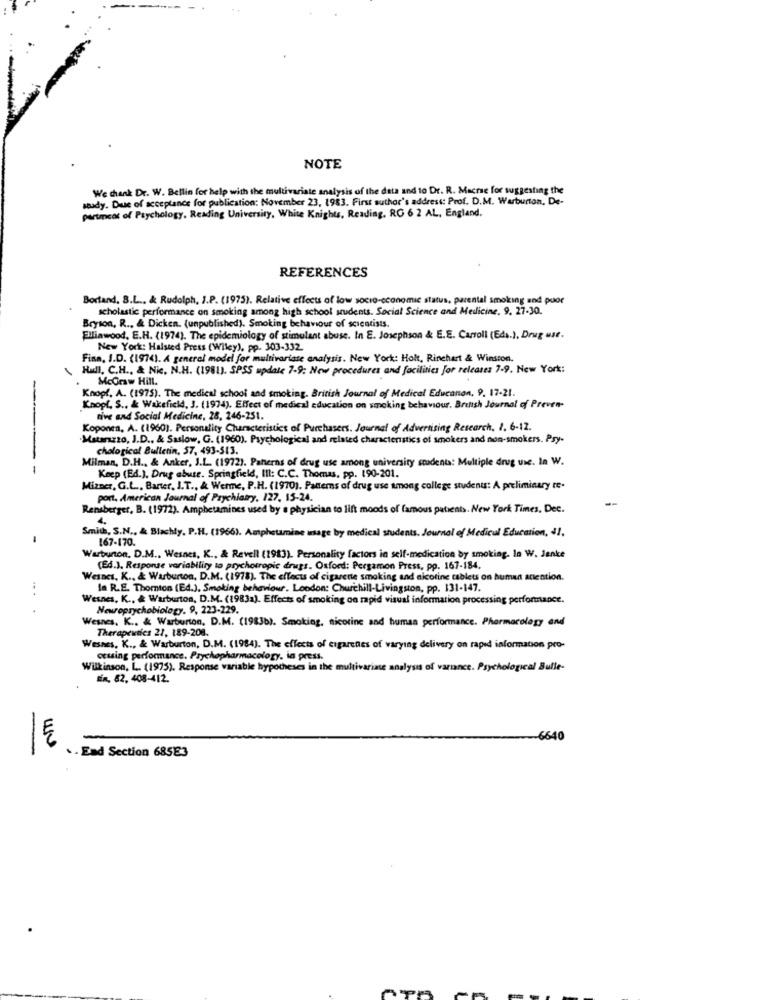
NOTE
We thank Dr. W. Bellin for help with the multivariate analysis of the data and to Dr. R. Macrse for suggesting the
soudy. Duse of acceptance for publication: November 23, 1983. First suthor's address: Prof. D.M. Warburton. De-
partment of Psychology, Reading University, White Knights, Reading, RO 6 2 AL, England.
REFERENCES
Bortand. B.L .. & Rudolph, J.P. (1975). Relative effects of low socio-economic status, parental smoking and poor
scholastic performance on smoking among high school students. Social Science and Medicine. 9. 27-30.
Bryson, R ., & Dicken. (unpublished), Smoking behaviour of scientists.
Elliawood, E.H. (1974). The epidemiology of stimulant abuse. In E. Josephson & E.E. Carroll (Eds.), Drug use.
New York: Halsted Press (Wiley), pp. 303-332
Finn, I.D. (1974). A general model for multivariate analysis. New York: Holt, Rinehart & Winston.
Hull, C.H ., & Nic. N.H. (1981). SPSS update 7-9: New procedures and facilities Jor releases 7-9. New York:
McGraw Hill.
Knopf. A. (1975). The medical school and smoking. British Journal of Medical Education, 9, 17-21.
Knopf. S ., & Wakefield, J. (1974). Effect of medical education on smoking behaviour. British Journal of Preven-
tive and Social Medicine, 28, 246-251.
Koponen, A. (1960). Personality Characteristics of Purchasers. Journal of Advertising Research, 1. 6-12.
Matarazzo, J.D ., & Saslow, G. (1960). Psychological and related characteristics of smokers and non-smokers. Psy-
chological Bulletin, 57, 493-513.
Milman, D.H ., & Anker, J.L. (1972). Panerns of drug use among university students: Multiple drug use. In W.
--- -
Keep (Ed.), Drug abuse. Springfield, III: C.C. Thomas, pp. 190-201.
Mizner, G.L ., Baner, I.T ., & Werme, P.H. (1970). Patterns of drug use among college students: A preliminary te.
port, American Journal of Psychiatry, 127, 15-24.
Rensberger, B. (1972). Amphetamines used by a physician to lift moods of famous patients. New York Times. Dec.
Smith, S.N ., & Blachly, P.H. (1966). Amphetamine usage by medical students. Journal of Medical Education, 41.
-
167-170.
Warburton, D.M .. Wesnes, K ., & Revell (1983). Personality factors in self-medication by smoking. la W. Jenke
(Ed.), Response variability to prychotropic drugs. Oxford: Pergamon Press, pp. 167-184.
Wesnes, K ., & Warburton, D.M. (1978). The effects of cigarette smoking and nicotine tablets on human attention.
la R.E. Thornton (Ed.). Smoking behaviour. London: Churchill-Livingston, pp. 131-147.
Wesnes, K ., & Warburton, D.M. (1983a). Effects of smoking on rapid visual information processing performance.
... .
Neuropsychobiology. 9, 223-229.
Wesnes. K .. & Warburton, D.M. (1983b). Smoking, nicotine and human performance. Pharmacology and
Therapeutics 21, 189-208.
Wasnes. K ., & Warburton, D.M. (1984). The effects of cigaretes of varying delivery on raped information pro-
orusing performance. Prychopharmacology, in press.
Wilkinson, L. (1975), Response variable hypotheses in the multivariace analysis of variance. Psychological Bulle-
tin, 82, 408-412.
-
E
$40
. - End Section 685E3